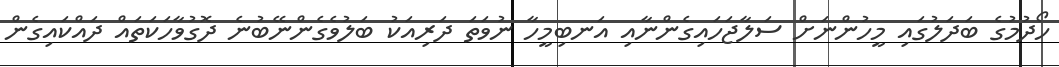
ހޯދުމުގެ ބަދަލުގައި މީހުންނަށް ސަލާޖަހައިގެންނާއި އަނބިމީހާ ނުވަތަ ދަރިއަކު ބަލުވެގެންނޭބުނެ ދޮގުވާހަކަތައް ދައްކައިގެން